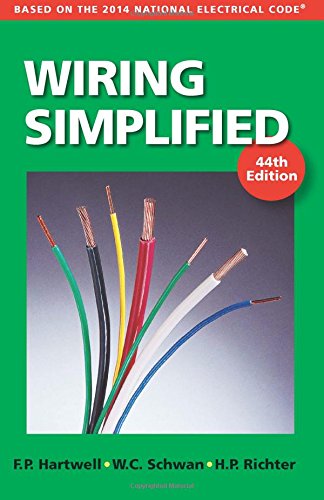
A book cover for Wiring Simplified: Based on the 2014 National Electrical CodeÂ®; H. P. Richter; Engineering & Transportation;